Annual report on the working of the lock hospitals in the North-Western Provinces and Oudh
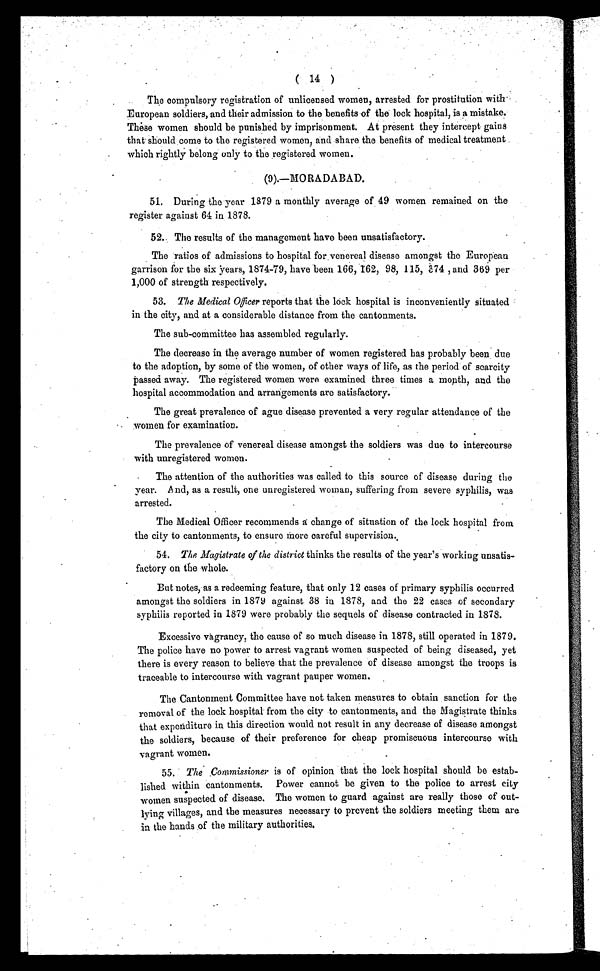
( 14 )
The compulsory registration of unlicensed women, arrested for prostitution with- , .
European soldiers, and their admission to the benefits of the lock hospital, is a mistake.
These women should be punished by imprisonment. At present they intercept gains
that should come to the registered women, and share the benefits of medical treatment
which rightly belong only to the registered women.
(9).—MORADABAD.
H. During the year 1879 a monthly average of 49 women remained on the
register against 64 in 1878.
52.. The results of the management have been unsatisfactory.
The ratios of admissions to hospital for venereal disease amongst the European
garrison for the six years, 1874-79, have been 166,162, 98, 115, 374 , and 369 per
1,000 of strength respectively.
53. The Medical Officer reports that the lock hospital is inconveniently situated
in the city, and. at a considerable distance from the cantonments.
The sub-committee has assembled regularly.
The decrease in the average number of women registered has probably been due
to the adoption, by some of the women, of other ways of life, as the period of scarcity
passed away. The registered women were examined three times a month, and the
hospital accommodation and arrangements are satisfactory.
The great prevalence of ague disease prevented a very regular attendance of the
women for examination.
The prevalence of venereal disease amongst the soldiers was due to intercourse
with unregistered women.
The attention of the authorities was called to this source of disease during the
year. And, as a result, one unregistered woman, suffering from severe syphilis, was
arrested.
The Medical Officer recommends a change of situation of the lock hospital front
the city to cantonments, to ensure More careful supervision.,
54. The Magistrate of the district thinks the results of the year's working unsatis-
factory on the whole.
But notes, as a redeeming feature, that only 12 cases of primary syphilis occurred
amongst the soldiers in 1879 against 38 in 1878, and the 22 cases of secondary
syphilis reported in 1879 were probably the sequels of disease contracted in 1878.
Excessive vagrancy, the cause of so much disease in 1878, still operated in 1879.
The police have no power to arrest vagrant women suspected of being diseased, yet
there is every reason to believe that' the prevalence of disease amongst the troops is
traceable to intercourse with vagrant pauper women.
The Cantonment Committee have not taken measures to obtain sanction for the
removal of the lock hospital- from the city to cantonments, and the Magistrate thinks
that expenditure in this direction would not result in any decrease of disease amongst
the soldiers, because of their preference for cheap promiscuous intercourse with
vagrant women.
55. The .Commissioner is of opinion that the lock hospital should be estab-
lished within cantonments. Power cannot be given to the police to arrest city
women suspected of disease. The women to guard against are really those of out-
lyin g villages, and the measures necessary to prevent the soldiers meeting them are
in the hands of the military authorities.